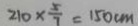
2 1 0 \times \frac { 5 } { 7 } = 1 5 0 c m